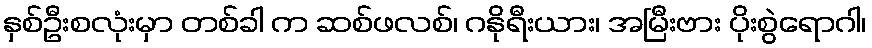
နှစ်ဦးစလုံးမှာ တစ်ခါ က ဆစ်ဖလစ်၊ ဂနိုရီးယား၊ အမြီးဗား ပိုးစွဲရောဂါ၊